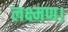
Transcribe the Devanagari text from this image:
लक्ष्मण।